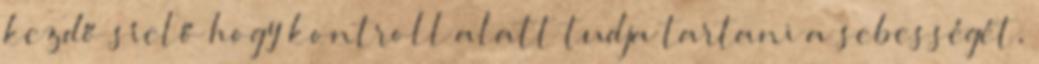
kezdő síelő hogy kontroll alatt tudja tartani a sebességét,